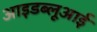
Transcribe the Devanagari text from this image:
आइडब्लूआई